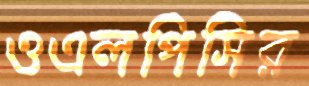
ওএলপিসির